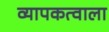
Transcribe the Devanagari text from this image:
व्यापकत्वाला